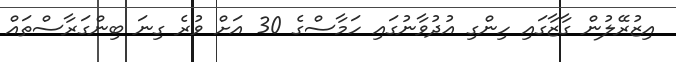
އިޒުރޭލުން ގާޒާގައި ހިންގި އުދުވާނުގައި ހަމާސްގެ 30 އަށް ވުރެ ގިނަ ބިންގަރާސްތައް